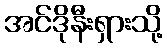
အင်ဒိုနီးရှားသို့